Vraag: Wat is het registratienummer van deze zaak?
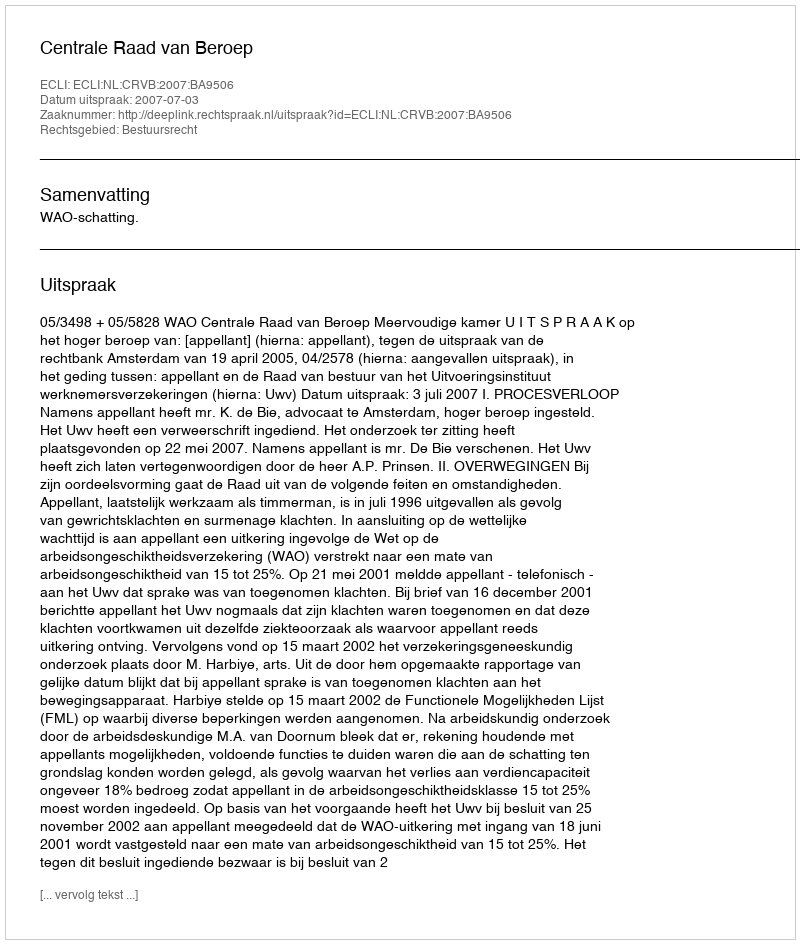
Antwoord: http://deeplink.rechtspraak.nl/uitspraak?id=ECLI:NL:CRVB:2007:BA9506